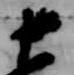
十